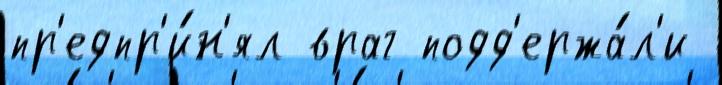
пр'едпр'и́н'ял враг подд'ержа́л'и